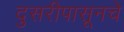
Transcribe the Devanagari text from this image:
दुसरीपासूनचे